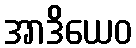
အာဒိယေဝ